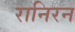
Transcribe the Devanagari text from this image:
रानिरन